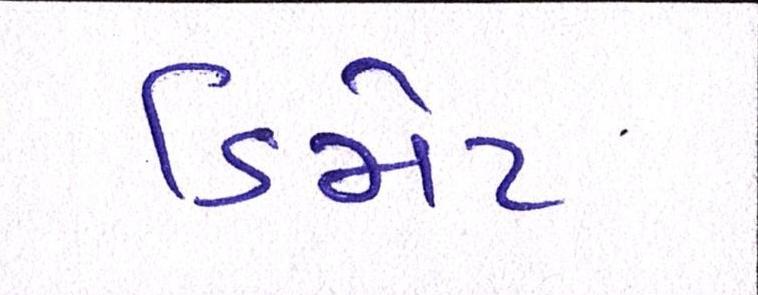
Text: ડિમેટ